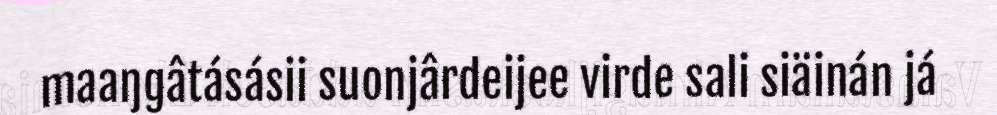
maaŋgâtásásii suonjârdeijee virde sali siäinán já